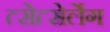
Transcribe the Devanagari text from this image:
त्सेत्सेर्लेग